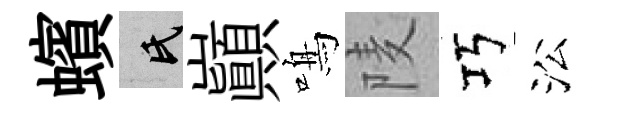
蠙氏巔鳴𨹧巧㳂